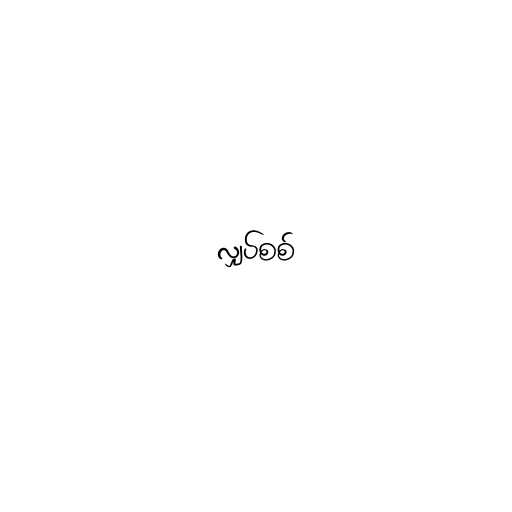
လျှပ်စစ်